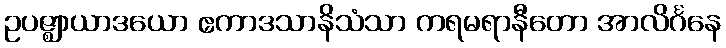
ဥပဇ္ဈာယာဒယော ဧကာဒသာနိသံသာ ကရမရာနီတော အာလိင်္ဂနေ